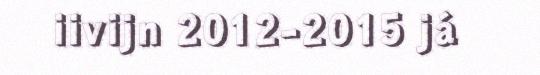
iivijn 2012-2015 já